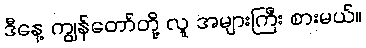
ဒီနေ့ ကျွန်တော်တို့ လူ အများကြီး စားမယ်။